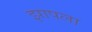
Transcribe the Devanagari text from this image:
झापला